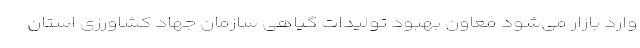
وارد بازار می‌شود معاون بهبود تولیدات گیاهی سازمان جهاد کشاورزی استان